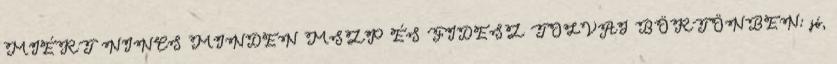
MIÉRT NINCS MINDEN MSZP ÉS FIDESZ TOLVAJ BÖRTÖNBEN: jó,